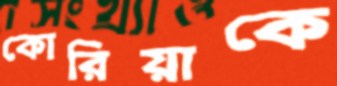
কোরিয়াকে